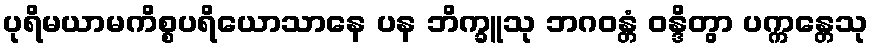
ပုရိမယာမကိစ္စပရိယောသာနေ ပန ဘိက္ခူသု ဘဂဝန္တံ ဝန္ဒိတွာ ပက္ကန္တေသု